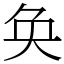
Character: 奂